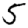
Digit: 5